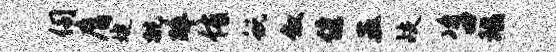
伺膺婕挑碎侑蜕叙健五歧咨瑶